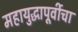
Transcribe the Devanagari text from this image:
महायुद्धापूर्वीचा